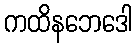
ကထိနဘေဒေါ